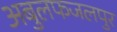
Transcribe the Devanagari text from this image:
अबुलफजलपुर